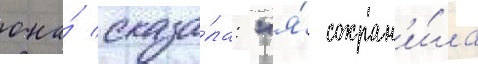
она́ сказа́ла: "я́ сохран'и́ла